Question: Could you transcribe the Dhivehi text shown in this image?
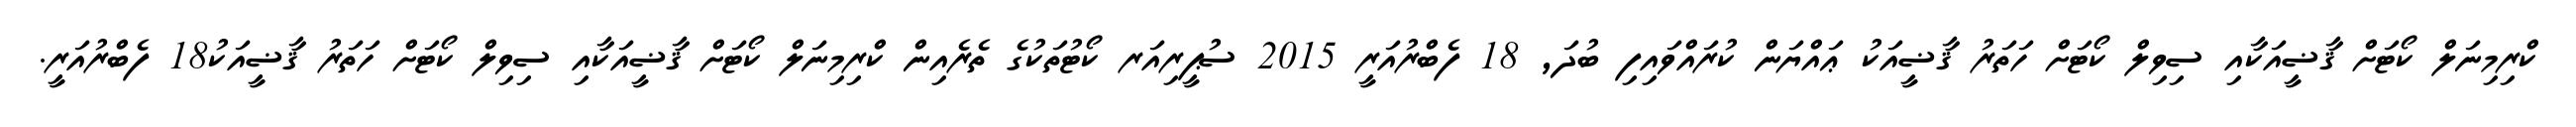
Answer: ކްރިމިނަލް ކޯޓަށް ޤާޟީއަކާއި ސިވިލް ކޯޓަށް ހަތަރު ޤާޟީއަކު ޢައްޔަން ކުރައްވައިފި ބުދަ, 18 ފެބްރުއަރީ 2015 ސުޕީރިއަރ ކޯޓުތަކުގެ ތެރެއިން ކްރިމިނަލް ކޯޓަށް ޤާޟީއަކާއި ސިވިލް ކޯޓަށް ހަތަރު ޤާޟީއަކު18 ފެބްރުއަރީ.